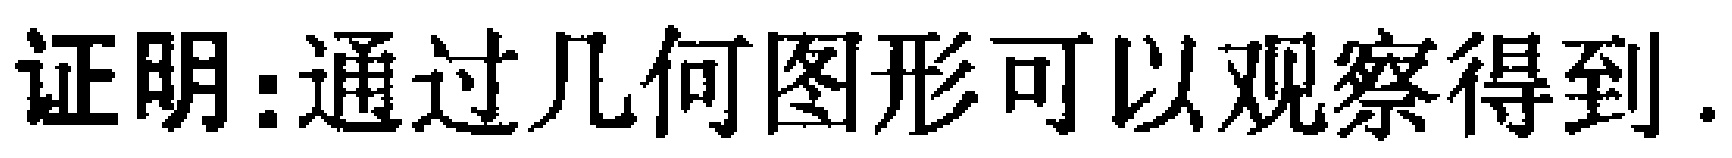
证明：通过几何图形可以观察得到.